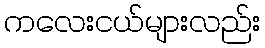
ကလေးငယ်များလည်း